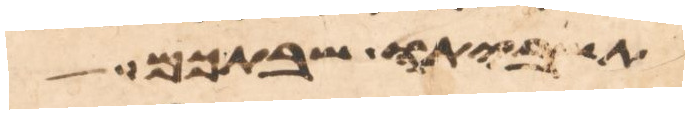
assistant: תשביתו שבתכם